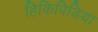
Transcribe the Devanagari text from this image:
हिकिपिडिया